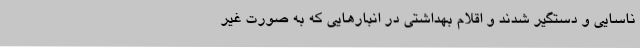
ناسایی و دستگیر شدند و اقلام بهداشتی در انبارهایی که به صورت غیر